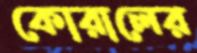
কোরালের